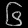
Digit: ၆